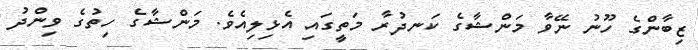
ޒިބާންގެ ހޫނު ނޭވާ މަންޝާގެ ކަނދުރާ މަތީގައި އެޅިލިއެވެ. މަންޝާގެ ހިތުގެ ވިންދު